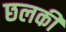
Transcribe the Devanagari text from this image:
छलकी